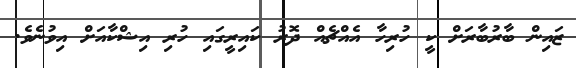
ޒައިން ބާރުބާރަށް ކީ ހުރިހާ އެއްޗެއް ދޮރު ކައިރީގައި ހުރި އިޝްކާއަށް އިވުނެވެ.